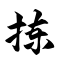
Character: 拣